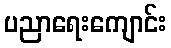
ပညာရေးကျောင်း